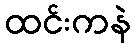
ထင်းကနဲ